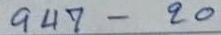
947 - 20